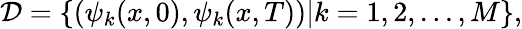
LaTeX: \mathcal{D}=\{ (\psi_{k}(x,0),\psi_{k}(x,T))|k=1,2,...,M\} ,